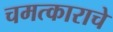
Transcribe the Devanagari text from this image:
चमत्काराचे